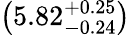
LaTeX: \left(5.82_{-0.24}^{+0.25}\right)